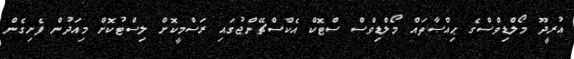
އުރީދޫ މޯލްޑިވްސްގެ ޙިއްޞާތައް މޯލްޑިވްސް ސްޓޮކް އެކްސްޗޭންޖުގައި ރަސްމީކޮށް ލިސްޓުކޮށް މިއަދުން ފެށިގެން